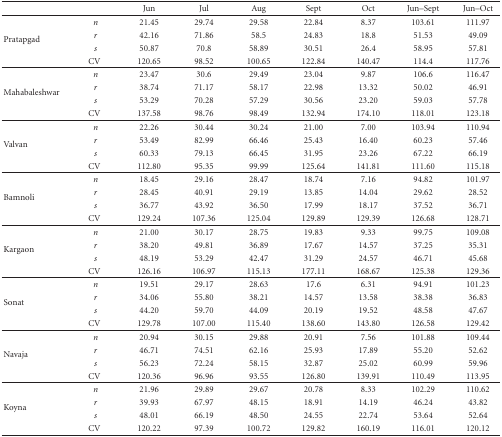
<table><thead><tr><td></td><td></td><td><b>Jun</b></td><td><b>Jul</b></td><td><b>Aug</b></td><td><b>Sept</b></td><td><b>Oct</b></td><td><b>Jun–Sept</b></td><td><b>Jun–Oct</b></td></tr></thead><tbody><tr><td rowspan="4">Pratapgad</td><td><i>n</i></td><td>21.45</td><td>29.74</td><td>29.58</td><td>22.84</td><td>8.37</td><td>103.61</td><td>111.97</td></tr><tr><td><i>r</i></td><td>42.16</td><td>71.86</td><td>58.5</td><td>24.83</td><td>18.8</td><td>51.53</td><td>49.09</td></tr><tr><td><i>s</i></td><td>50.87</td><td>70.8</td><td>58.89</td><td>30.51</td><td>26.4</td><td>58.95</td><td>57.81</td></tr><tr><td>CV</td><td>120.65</td><td>98.52</td><td>100.65</td><td>122.84</td><td>140.47</td><td>114.4</td><td>117.76</td></tr><tr><td rowspan="4">Mahabaleshwar</td><td><i>n</i></td><td>23.47</td><td>30.6</td><td>29.49</td><td>23.04</td><td>9.87</td><td>106.6</td><td>116.47</td></tr><tr><td><i>r</i></td><td>38.74</td><td>71.17</td><td>58.17</td><td>22.98</td><td>13.32</td><td>50.02</td><td>46.91</td></tr><tr><td><i>s</i></td><td>53.29</td><td>70.28</td><td>57.29</td><td>30.56</td><td>23.20</td><td>59.03</td><td>57.78</td></tr><tr><td>CV</td><td>137.58</td><td>98.76</td><td>98.49</td><td>132.94</td><td>174.10</td><td>118.01</td><td>123.18</td></tr><tr><td rowspan="4">Valvan</td><td><i>n</i></td><td>22.26</td><td>30.44</td><td>30.24</td><td>21.00</td><td>7.00</td><td>103.94</td><td>110.94</td></tr><tr><td><i>r</i></td><td>53.49</td><td>82.99</td><td>66.46</td><td>25.43</td><td>16.40</td><td>60.23</td><td>57.46</td></tr><tr><td><i>s</i></td><td>60.33</td><td>79.13</td><td>66.45</td><td>31.95</td><td>23.26</td><td>67.22</td><td>66.19</td></tr><tr><td>CV</td><td>112.80</td><td>95.35</td><td>99.99</td><td>125.64</td><td>141.81</td><td>111.60</td><td>115.18</td></tr><tr><td rowspan="4">Bamnoli</td><td><i>n</i></td><td>18.45</td><td>29.16</td><td>28.47</td><td>18.74</td><td>7.16</td><td>94.82</td><td>101.97</td></tr><tr><td><i>r</i></td><td>28.45</td><td>40.91</td><td>29.19</td><td>13.85</td><td>14.04</td><td>29.62</td><td>28.52</td></tr><tr><td><i>s</i></td><td>36.77</td><td>43.92</td><td>36.50</td><td>17.99</td><td>18.17</td><td>37.52</td><td>36.71</td></tr><tr><td>CV</td><td>129.24</td><td>107.36</td><td>125.04</td><td>129.89</td><td>129.39</td><td>126.68</td><td>128.71</td></tr><tr><td rowspan="4">Kargaon</td><td><i>n</i></td><td>21.00</td><td>30.17</td><td>28.75</td><td>19.83</td><td>9.33</td><td>99.75</td><td>109.08</td></tr><tr><td><i>r</i></td><td>38.20</td><td>49.81</td><td>36.89</td><td>17.67</td><td>14.57</td><td>37.25</td><td>35.31</td></tr><tr><td><i>s</i></td><td>48.19</td><td>53.29</td><td>42.47</td><td>31.29</td><td>24.57</td><td>46.71</td><td>45.68</td></tr><tr><td>CV</td><td>126.16</td><td>106.97</td><td>115.13</td><td>177.11</td><td>168.67</td><td>125.38</td><td>129.36</td></tr><tr><td rowspan="4">Sonat</td><td><i>n</i></td><td>19.51</td><td>29.17</td><td>28.63</td><td>17.6</td><td>6.31</td><td>94.91</td><td>101.23</td></tr><tr><td><i>r</i></td><td>34.06</td><td>55.80</td><td>38.21</td><td>14.57</td><td>13.58</td><td>38.38</td><td>36.83</td></tr><tr><td><i>s</i></td><td>44.20</td><td>59.70</td><td>44.09</td><td>20.19</td><td>19.52</td><td>48.58</td><td>47.67</td></tr><tr><td>CV</td><td>129.78</td><td>107.00</td><td>115.40</td><td>138.60</td><td>143.80</td><td>126.58</td><td>129.42</td></tr><tr><td rowspan="4">Navaja</td><td><i>n</i></td><td>20.94</td><td>30.15</td><td>29.88</td><td>20.91</td><td>7.56</td><td>101.88</td><td>109.44</td></tr><tr><td><i>r</i></td><td>46.71</td><td>74.51</td><td>62.16</td><td>25.93</td><td>17.89</td><td>55.20</td><td>52.62</td></tr><tr><td><i>s</i></td><td>56.23</td><td>72.24</td><td>58.15</td><td>32.87</td><td>25.02</td><td>60.99</td><td>59.96</td></tr><tr><td>CV</td><td>120.36</td><td>96.96</td><td>93.55</td><td>126.80</td><td>139.91</td><td>110.49</td><td>113.95</td></tr><tr><td rowspan="4">Koyna</td><td><i>n</i></td><td>21.96</td><td>29.89</td><td>29.67</td><td>20.78</td><td>8.33</td><td>102.29</td><td>110.62</td></tr><tr><td><i>r</i></td><td>39.93</td><td>67.97</td><td>48.15</td><td>18.91</td><td>14.19</td><td>46.24</td><td>43.82</td></tr><tr><td><i>s</i></td><td>48.01</td><td>66.19</td><td>48.50</td><td>24.55</td><td>22.74</td><td>53.64</td><td>52.64</td></tr><tr><td>CV</td><td>120.22</td><td>97.39</td><td>100.72</td><td>129.82</td><td>160.19</td><td>116.01</td><td>120.12</td></tr></tbody></table>